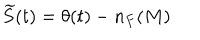
LaTeX: \widetilde { S } ( t ) = \theta ( t ) - n _ { F } ( M )